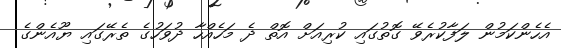
އެހެންކަމުން ލަފާކުރެވޭ ގޮތުގައި ކުރިއަށް އޮތް ދެ މަހެއްހާ ދުވަހުގެ ތެރޭގައި ޔޫއެންގެ